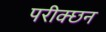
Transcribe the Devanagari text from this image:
परीक्छन